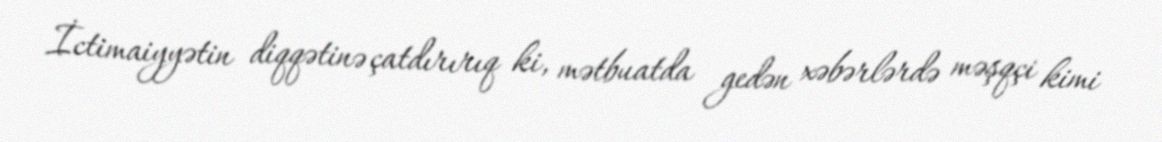
İctimaiyyətin diqqətinə çatdırırıq ki, mətbuatda gedən xəbərlərdə məşqçi kimi